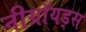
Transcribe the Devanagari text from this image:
नीग्रॉयड्स